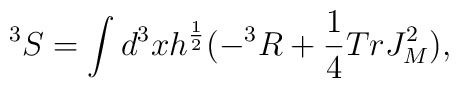
^3S=\int d^3x h^{\frac {1}{2}}(-^3R+\frac {1}{4}TrJ_M^2),